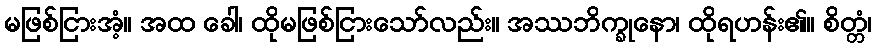
မဖြစ်ငြားအံ့။ အထ ခေါ၊ ထိုမဖြစ်ငြားသော်လည်း။ အဿဘိက္ခုနော၊ ထိုရဟန်း၏။ စိတ္တံ၊